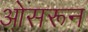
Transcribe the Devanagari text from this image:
ओसरून